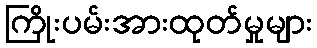
ကြိုးပမ်းအားထုတ်မှုများ